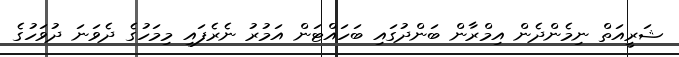
ޝަރީއަތް ނިމެންދެން އިމްރާން ބަންދުގައި ބަހައްޓަން އަމުރު ނެރެފައި މިމަހުގެ ދެވަނަ ދުވަހުގެ